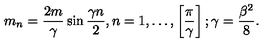
m _ { n } = \frac { 2 m } { \gamma } \sin \frac { \gamma n } { 2 } , n = 1 , \ldots , \left[ \frac { \pi } { \gamma } \right] ; \gamma = \frac { \beta ^ { 2 } } { 8 } .